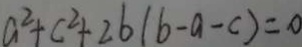
a ^ { 2 } + c ^ { 2 } + 2 b ( b - a - c ) = 0